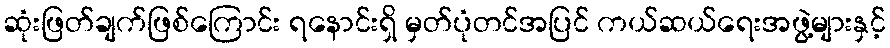
ဆုံးဖြတ်ချက်ဖြစ်ကြောင်း ရနောင်းရှိ မှတ်ပုံတင်အပြင် ကယ်ဆယ်ရေးအဖွဲ့များနှင့်